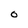
Character: O